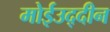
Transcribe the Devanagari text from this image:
मोईउद्दीन